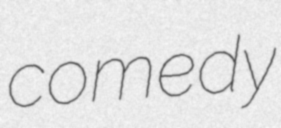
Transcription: comedy